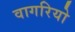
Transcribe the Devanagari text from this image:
वागरियो